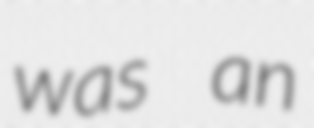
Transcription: was an